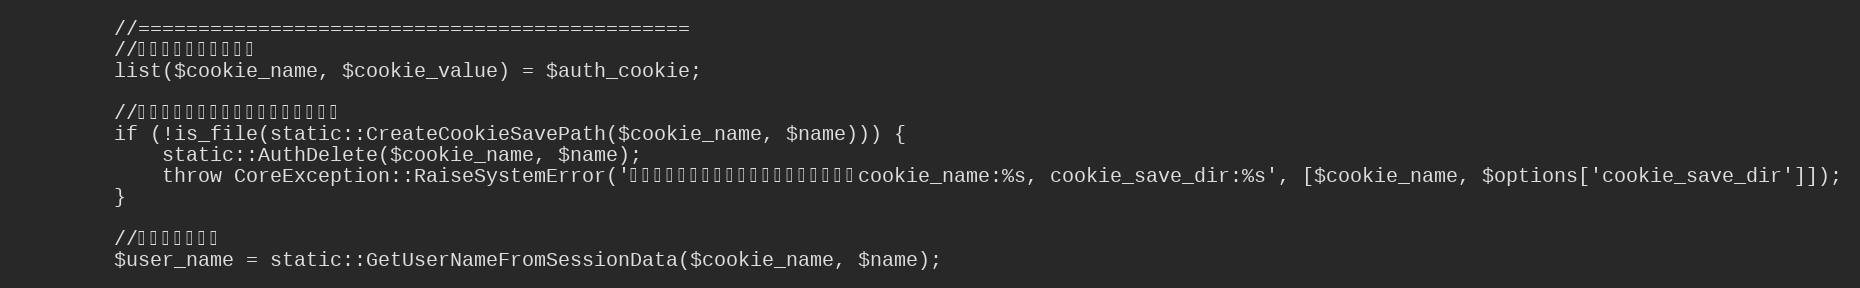
Language: PHP
		//==============================================
		//クッキー名と値の取得
		list($cookie_name, $cookie_value) = $auth_cookie;

		//認証データが残っているかどうか検証
		if (!is_file(static::CreateCookieSavePath($cookie_name, $name))) {
			static::AuthDelete($cookie_name, $name);
			throw CoreException::RaiseSystemError('存在しない認証クッキーを渡されました。cookie_name:%s, cookie_save_dir:%s', [$cookie_name, $options['cookie_save_dir']]);
		}

		//ユーザ名の取得
		$user_name = static::GetUserNameFromSessionData($cookie_name, $name);